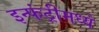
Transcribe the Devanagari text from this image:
इन्फंट्रीमध्ये